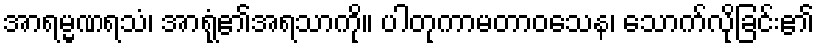
အာရမ္မဏရသံ၊ အာရုံ၏အရသာကို။ ပါတုကာမတာဝသေန၊ သောက်လိုခြင်း၏